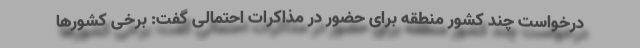
درخواست چند کشور منطقه برای حضور در مذاکرات احتمالی گفت: برخی کشورها